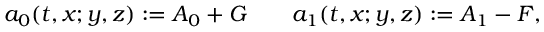
a _ { 0 } ( t , x ; y , z ) : = A _ { 0 } + G \ \ \ \ \ \ a _ { 1 } ( t , x ; y , z ) : = A _ { 1 } - F ,